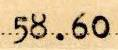
58.60